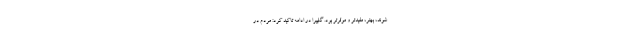
شوند، بهتر، مفیدتر و موثرتر بود. گلپیرا در ادامه تاکید کرد: مردم در